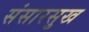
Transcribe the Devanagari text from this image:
संसारसुख